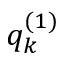
q _ { k } ^ { ( 1 ) }